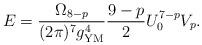
LaTeX: \begin{align*}E= \frac{\Omega_{8-p}}{(2\pi)^7 g^4_{\rm YM}}\frac{9-p}{2}U_0^{7-p}V_p.\end{align*}